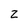
Character: z